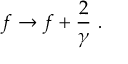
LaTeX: f \rightarrow f + \frac { 2 } { \gamma } ~ .